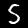
Digit: 5